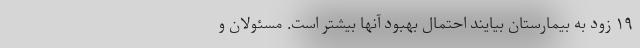
۱۹ زود به بیمارستان بیایند احتمال بهبود آنها بیشتر است. مسئولان و